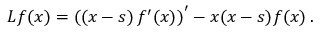
L f ( x ) = \left( \left( x - s \right) f ^ { \prime } ( x ) \right) ^ { \prime } - x ( x - s ) f ( x ) \, .